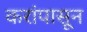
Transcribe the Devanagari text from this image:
करांपासून